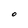
Character: O